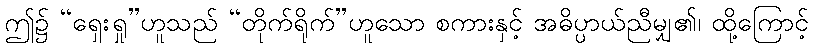
ဤ၌ “ရှေးရှု”ဟူသည် “တိုက်ရိုက်”ဟူသော စကားနှင့် အဓိပ္ပာယ်ညီမျှ၏၊ ထို့ကြောင့်